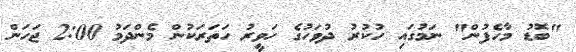
"ބޮޑު މާހެފުން" ނަމުގައި ހުކުރު ދުވަހުގެ ހަވީރު ހަތަރަކުން މެންދަމު 2:00 ޖަހަން